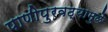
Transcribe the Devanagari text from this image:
पाणीपुरवठ्यामुळे